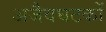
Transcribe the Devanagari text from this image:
अजैवघटकों